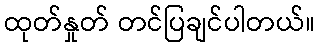
ထုတ်နှုတ် တင်ပြချင်ပါတယ်။